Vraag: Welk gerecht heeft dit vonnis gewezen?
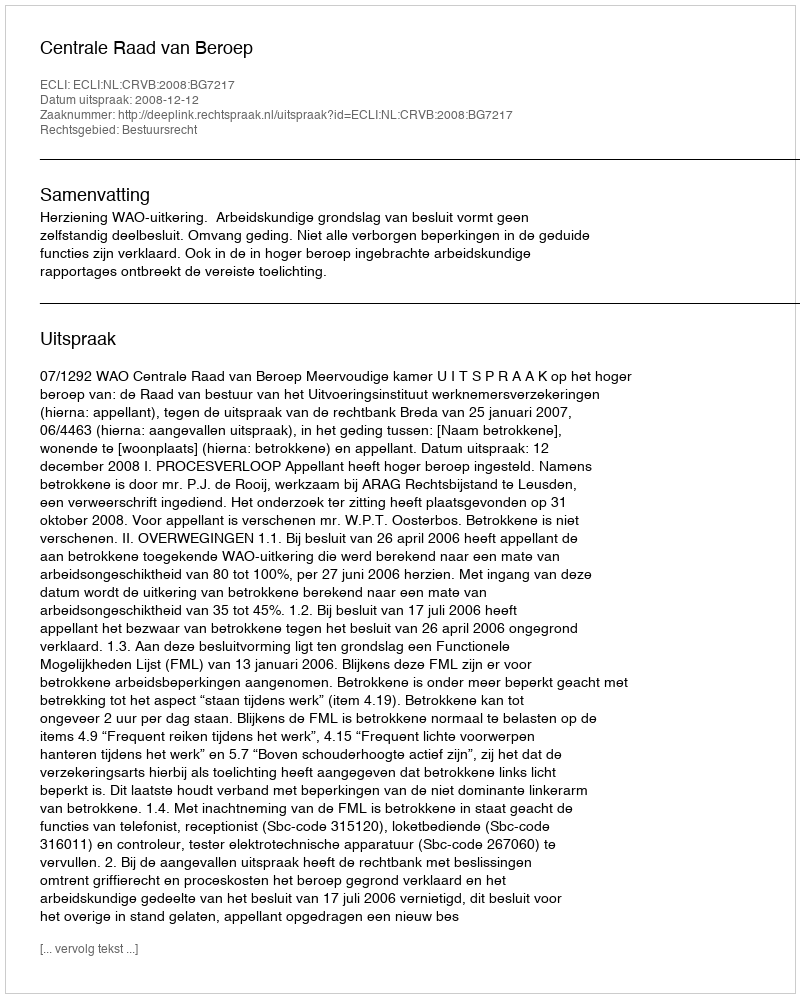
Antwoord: Centrale Raad van Beroep